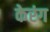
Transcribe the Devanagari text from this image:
केरंग